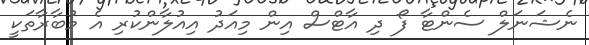
ނެޝަނަލް ސެންޓާ ފޯ ދި އާޓްސް އިން މިއަދު އިއުލާންކުރި އެ މުބާރާތަކީ